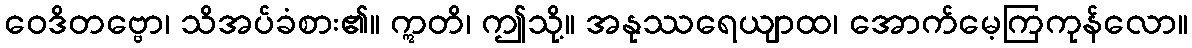
ဝေဒိတဗ္ဗော၊ သိအပ်ခံစား၏။ ဣတိ၊ ဤသို့။ အနုဿရေယျာထ၊ အောက်မေ့ကြကုန်လော။